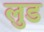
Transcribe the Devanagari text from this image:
लुड